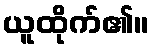
ယူထိုက်၏။